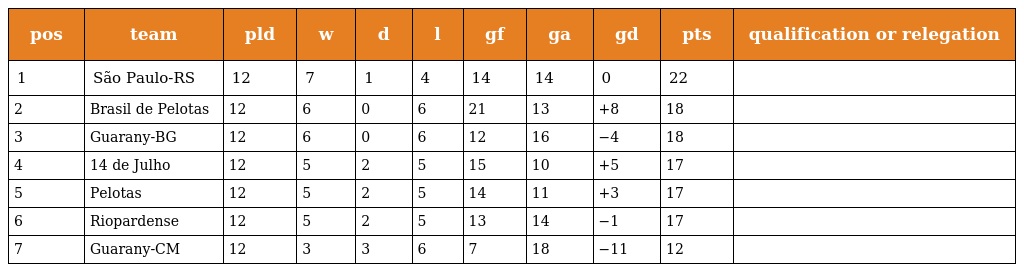
| pos | team | pld | w | d | l | gf | ga | gd | pts | qualification or relegation |
 | --- | --- | --- | --- | --- | --- | --- | --- | --- | --- | --- |
 | 1 | São Paulo-RS | 12 | 7 | 1 | 4 | 14 | 14 | 0 | 22 |  |
 | 2 | Brasil de Pelotas | 12 | 6 | 0 | 6 | 21 | 13 | +8 | 18 |  |
 | 3 | Guarany-BG | 12 | 6 | 0 | 6 | 12 | 16 | −4 | 18 |  |
 | 4 | 14 de Julho | 12 | 5 | 2 | 5 | 15 | 10 | +5 | 17 |  |
 | 5 | Pelotas | 12 | 5 | 2 | 5 | 14 | 11 | +3 | 17 |  |
 | 6 | Riopardense | 12 | 5 | 2 | 5 | 13 | 14 | −1 | 17 |  |
 | 7 | Guarany-CM | 12 | 3 | 3 | 6 | 7 | 18 | −11 | 12 |  |